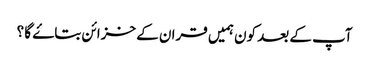
آپ کے بعد کون ہمیں قران کے خزائن بتاۓ گا ؟